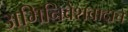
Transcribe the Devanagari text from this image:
अभिनिवेशवादाचे